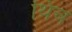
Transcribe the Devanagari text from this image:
थिच